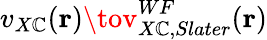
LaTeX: v_{X\mathbb{C}}(\mathbf{{r}})\tov_{X\mathbb{C},Slater}^{WF}(\mathbf{{r}})